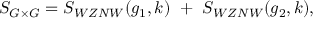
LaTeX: S _ { G \times G } = S _ { W Z N W } ( g _ { 1 } , k ) ~ + ~ S _ { W Z N W } ( g _ { 2 } , k ) ,